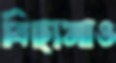
বিছানাও